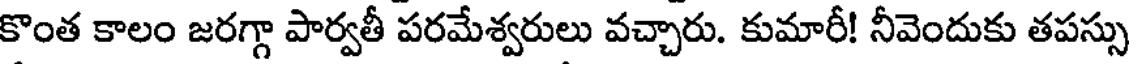
కొంత కాలం జరగ్గా పార్వతీ పరమేశ్వరులు వచ్చారు. కుమారీ! నీవెందుకు తపస్సు